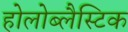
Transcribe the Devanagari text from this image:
होलोब्लैस्टिक